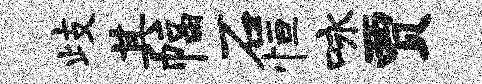
歧其幅石恒咏贾